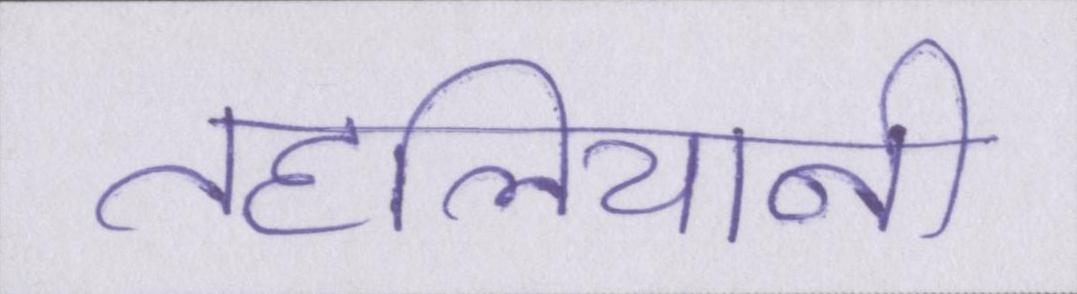
तहलियानी